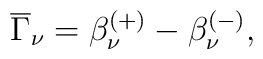
\overline{\Gamma} _\nu =\beta _\nu ^{(+)}-\beta _\nu ^{(-)} ,